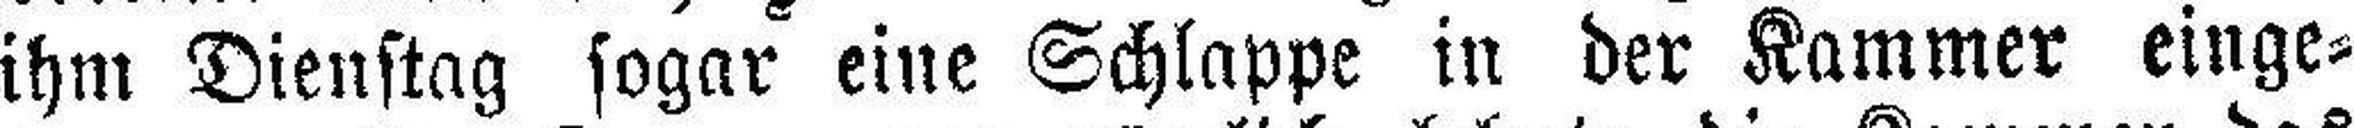
ihm Dienstag sogar eine Schlappe in der Kammer einge¬